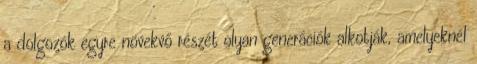
a dolgozók egyre növekvő részét olyan generációk alkotják, amelyeknél